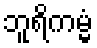
ဘူရိကမ္မံ